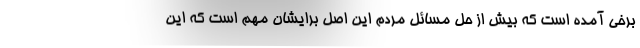
برخی آمده است که بیش از حل مسائل مردم این اصل برایشان مهم است که این